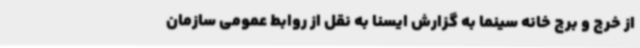
از خرج و برج خانه سینما به گزارش ایسنا به نقل از روابط عمومی سازمان